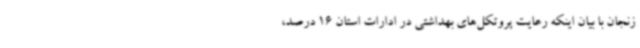
زنجان با بیان اینکه رعایت پروتکل‌های بهداشتی در ادارات استان 16 درصد،